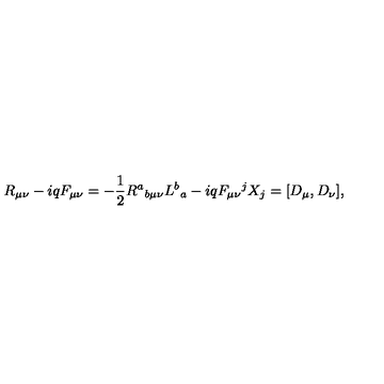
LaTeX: R _ { \mu \nu } - i q F _ { \mu \nu } = - \frac { 1 } { 2 } R ^ { a } { } _ { b \mu \nu } L ^ { b } { } _ { a } - i q F _ { \mu \nu } { } ^ { j } X _ { j } = [ D _ { \mu } , D _ { \nu } ] ,